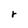
Character: r